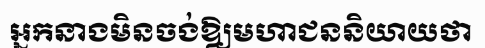
អ្នកនាងមិនចង់ឱ្យមហាជននិយាយថា